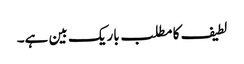
لطیف کا مطلب باریک بین ہے۔